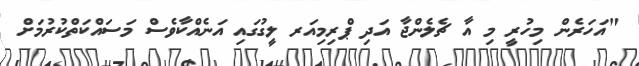
"އަހަރެން މިހުރީ މި އާ ޗެލެންޖާ އަދި ޕްރިމިއަރ ލީގުގައި އަނެއްކާވެސް މަސައްކަތްކުރުމަށް